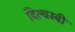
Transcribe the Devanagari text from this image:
दिल्चस्बी